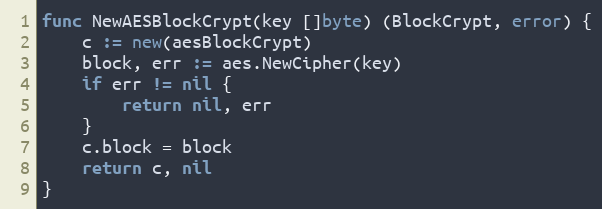
Language: Go
func NewAESBlockCrypt(key []byte) (BlockCrypt, error) {
	c := new(aesBlockCrypt)
	block, err := aes.NewCipher(key)
	if err != nil {
		return nil, err
	}
	c.block = block
	return c, nil
}